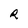
Character: R